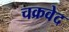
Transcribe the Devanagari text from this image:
चक्रवेद